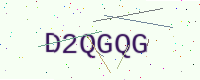
Text: D2QGQG